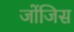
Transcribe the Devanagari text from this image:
जोंजिस